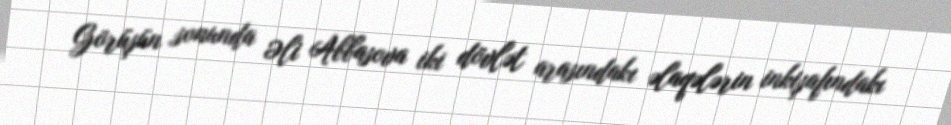
Görüşün sonunda Əli Abbasova iki dövlət arasındakı əlaqələrin inkişafındakı